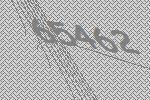
65462